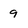
Character: 9